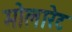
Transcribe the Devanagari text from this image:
मोलारेट